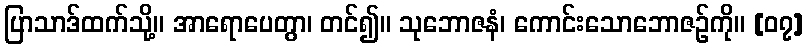
ပြာသာဒ်ထက်သို့။ အာရောပေတွာ၊ တင်၍။ သုဘောဇနံ၊ ကောင်းသောဘောဇဉ်ကို။ [၀၇]